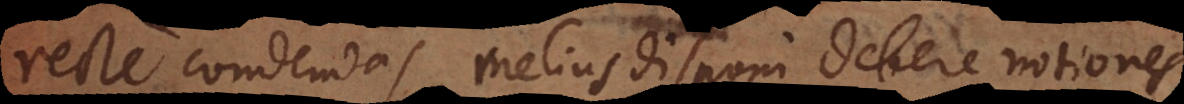
recte condendas, melius disponi debere notiones